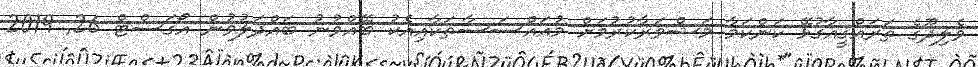
ވެލިދޫގެ ތަރައްޤީއާގުޅޭ ކަންކަމާ މަޝްވަރާކުރުމަށް މުއައްސަސާތަކާއިއެކު ބޭއްވުނު ބައްދަލުވުން އޯގަސްޓް 26